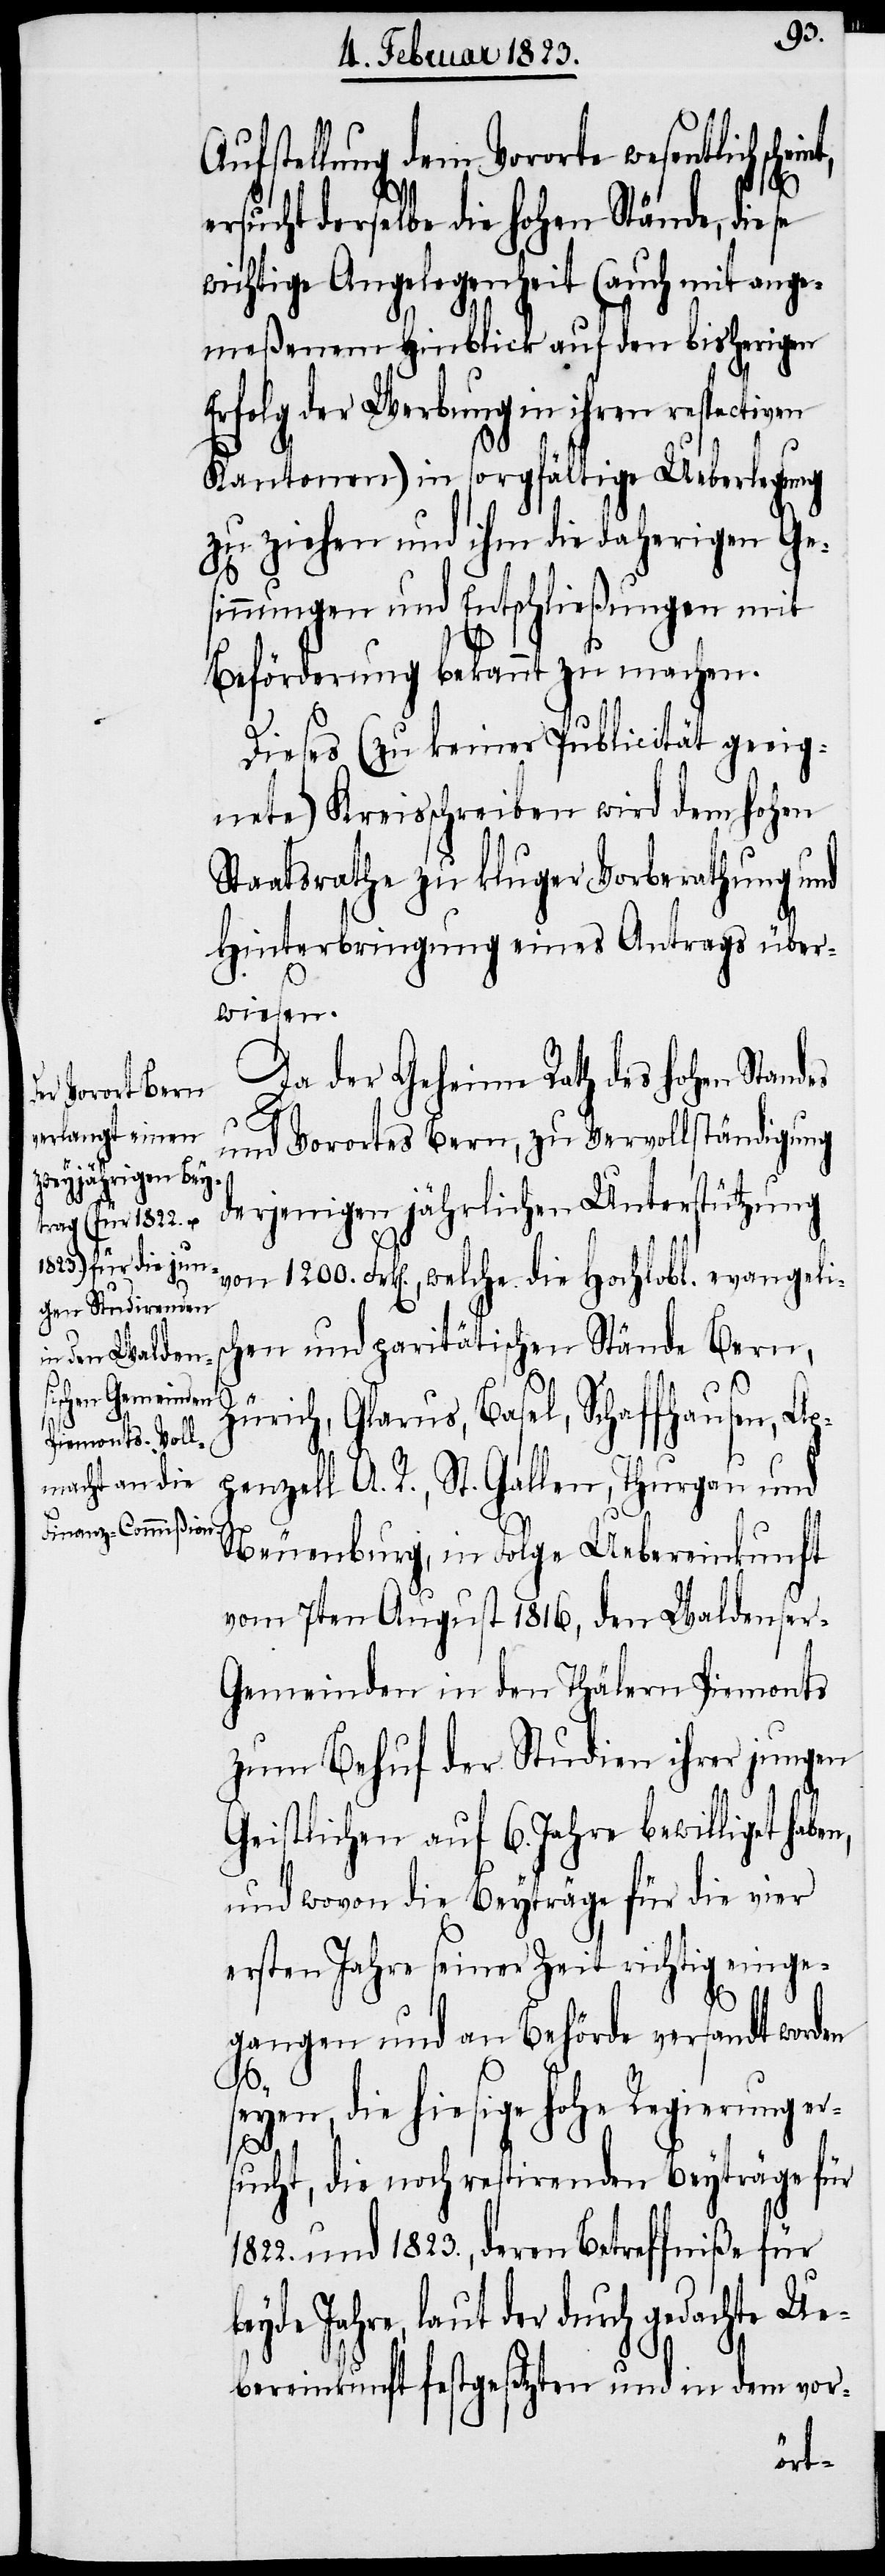
von 1200.

Aufstellung dem Vororte wesentlich sch¬
ersucht derselbe die hohen Stände, diese
wichtige Angelegenheit (auch mit ange¬
meßenem Hinblick auf den bisherigen
Erfolg der Werbung in ihren respectiven
Kantonen) in sorgfältige Ueberlegung
zu ziehen und ihm die daherigen Ge¬
sinnungen und Entschließungen mit
Beförderung bekannt zu machen.
Dieses (zu keiner Publicität geeig¬
nete) Kreisschreiben wird dem hohen
Staatsrathe zu kluger Vorberathung und
Hinterbringung eines Antrags über¬
wiesen.
Da der Geheime Rath des hohen Stand¬
es
und Vorortes Bern, zu Vervollständigung
derjenigen jährlichen Unterstützung
chen und paritätischen Stände Bern,
Zürich, Glarus, Basel, Schaffhausen, Ap¬
penzell A. R., St. Gallen, Thurgau und
Neuenburg, in Folge Uebereinkunft
vom 7ten August 1816, den Waldenser-G¬
emeinden in den Thälern Piemonts
zum Behuf der Studien ihrer jungen
Geistlichen auf 6. Jahre bewilliget haben,
und wovon die Beyträge für die vier
ersten Jahre seiner Zeit richtig einge¬
gangen und an Behörde versandt worden
yen, die hiesige hohe Regierung
sucht, die noch restirenden Beyträge für
1822. und 1823., deren Betreffniße für
Jahre, laut der durch gedachte Ue¬
bereinkunft festgesetzten und in dem vor-
er¬